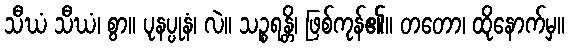
သီဃံ သီဃံ၊ စွာ။ ပုနပ္ပုနံ၊ လဲ။ သဉ္စရန္တိ၊ ဖြစ်ကုန်၏။ တတော၊ ထိုနောက်မှ။